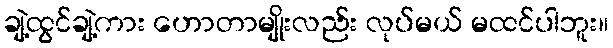
ချဲ့ထွင်ချဲ့ကား ဟောတာမျိုးလည်း လုပ်မယ် မထင်ပါဘူး။